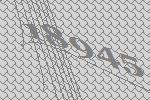
18945